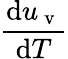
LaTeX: \frac{\mathrm{d}u_{\mathrm{~v~}}}{\mathrm{d}T}